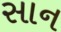
સાન